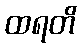
ထရတိ